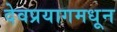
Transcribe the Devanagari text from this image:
देवप्रयागमधून